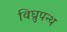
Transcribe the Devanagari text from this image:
विघ्रुपन्थ